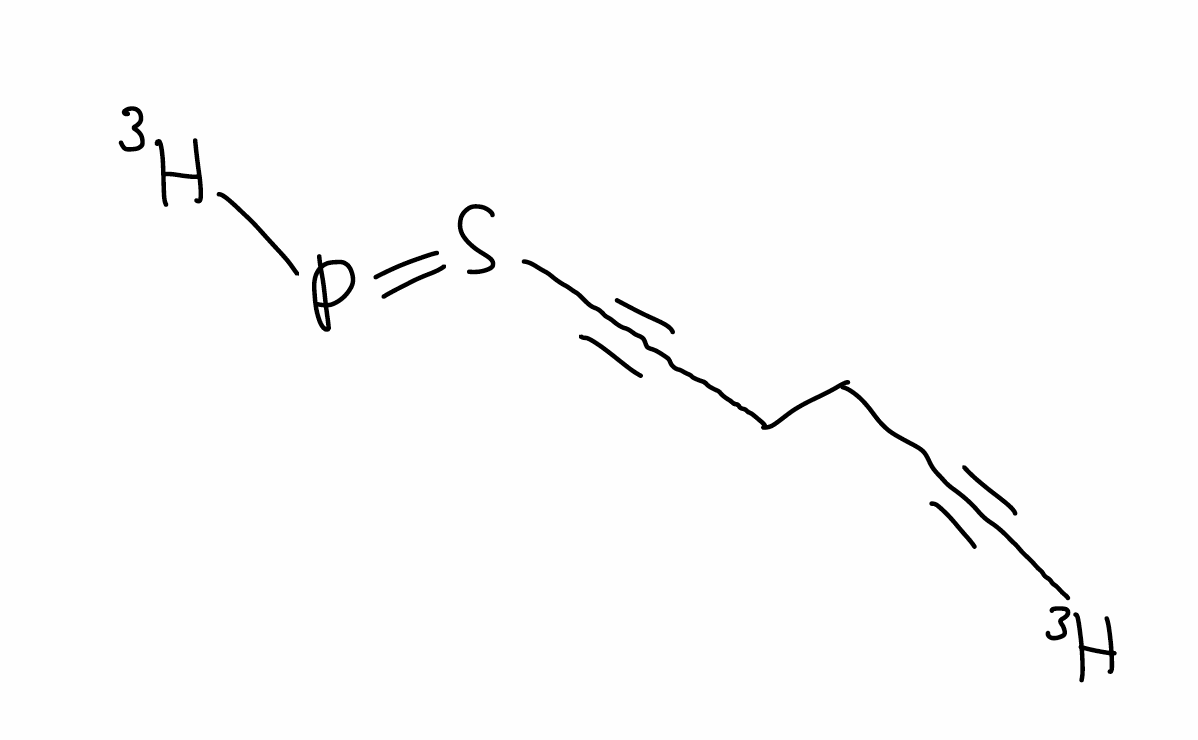
Simplified molecular-input line-entry system (SMILES) notation of the given molecule:
[3H]C#CCCC#CS(=P[3H])I